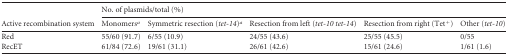
<table><thead><tr><td rowspan="2"><b>Active recombination system</b></td><td colspan="5"><b>No. of plasmids/total (%)</b></td></tr><tr><td><b>Monomers<sup>a</sup></b></td><td><b>Symmetric resection (<i>tet-14</i>)<sup>a</sup></b></td><td><b>Resection from left (<i>tet-10 tet-14</i>)</b></td><td><b>Resection from right (Tet<sup>+</sup>)</b></td><td><b>Other (<i>tet-10</i>)</b></td></tr></thead><tbody><tr><td>Red</td><td>55/60 (91.7)</td><td>6/55 (10.9)</td><td>24/55 (43.6)</td><td>25/55 (45.5)</td><td>0/55</td></tr><tr><td>RecET</td><td>61/84 (72.6)</td><td>19/61 (31.1)</td><td>26/61 (42.6)</td><td>15/61 (24.6)</td><td>1/61 (1.6)</td></tr></tbody></table>